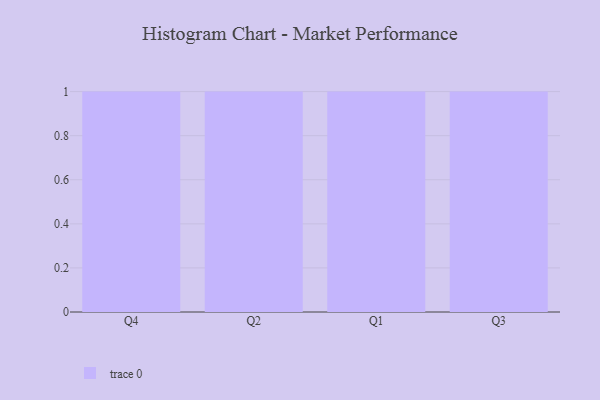
{"axis": {"x": "Quarter", "y": "Tickets Resolved"}, "legend": [""], "data": [{"x": "Q4", "y": 13, "type": ""}, {"x": "Q2", "y": 24, "type": ""}, {"x": "Q1", "y": 5, "type": ""}, {"x": "Q3", "y": 32, "type": ""}]}